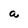
Character: a